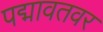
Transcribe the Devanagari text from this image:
पद्मावतवर